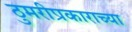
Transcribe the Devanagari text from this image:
ठुमरीप्रकाराच्या